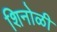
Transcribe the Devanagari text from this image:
शिनोळी